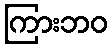
ကြားဘဝ